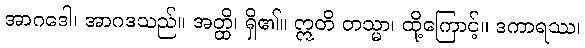
အာဂဒေါ၊ အာဂဒသည်။ အတ္ထိ၊ ရှိ၏။ ဣတိ တသ္မာ၊ ထို့ကြောင့်။ ဒကာရဿ၊